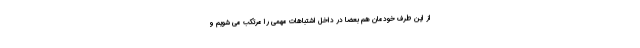
از این طرف خودمان هم بعضا در داخل اشتباهات مهمی را مرتکب می شویم و